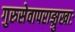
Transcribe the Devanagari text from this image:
गुरुसेवापराङ्मुखाः